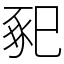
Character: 𢁁